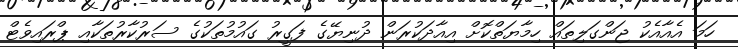
ހަމަ އެއާއެކު ޖަންގަލިތައް ހިމާޔަތްކޮށް އިއާދަކުރަން ދުނިޔޭގެ ފަގީރު ގައުމުތަކުގެ ސަރުކާރުތަކާއި ޕްރައިވެޓް